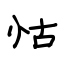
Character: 怙